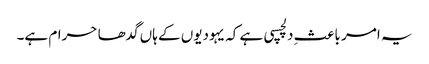
یہ امر باعثِ دلچسپی ہے کہ یہودیوں کے ہاں گدھا حرام ہے۔